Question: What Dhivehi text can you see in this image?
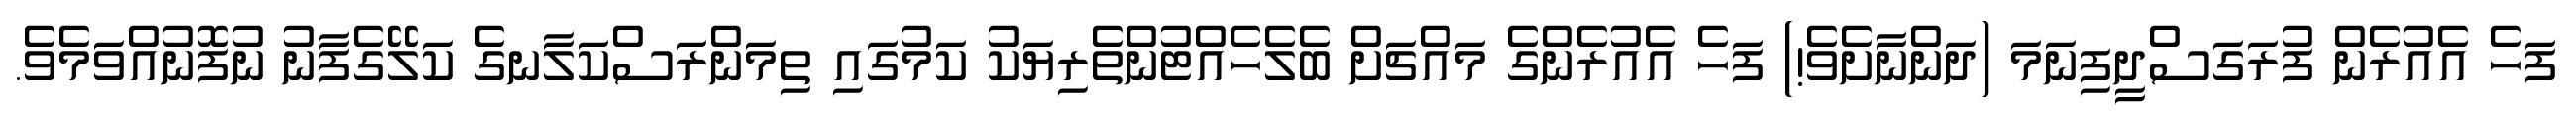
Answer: ފަހެ އެއުރެން ފުރަގަސްދީފިނަމަ (ދަންނާށެވެ!) ފަހެ އެއުރެންގެ މައްޗަށް ބެލެހެއްޓުންތެރިޔަކު ކަމުގައި ތިމަންރަސްކަލާނގެ ކަލޭގެފާނު ނުފޮނުއްވަމެވެ.